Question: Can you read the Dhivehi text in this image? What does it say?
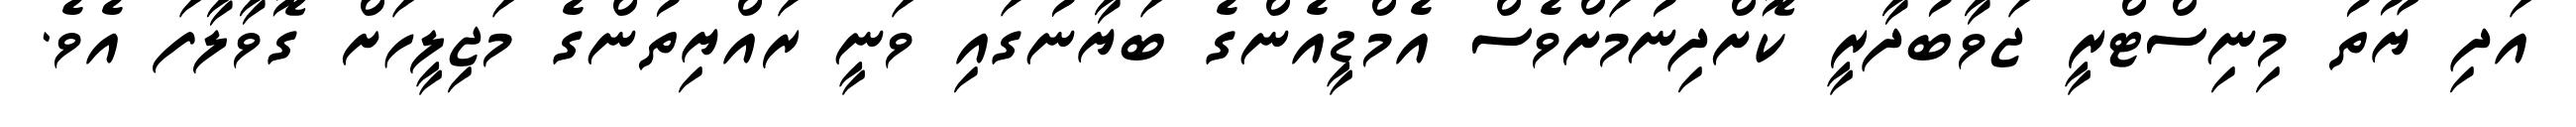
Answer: އަދި ޔޫތު މިނިސްޓްރީ ޖަވާބުދާރީ ކޮށްދިނުމަށްވެސް އެމްޑީއެންގެ ބަޔާނުގައި ވަނީ ރައްޔިތުންގެ މަޖިލީހަށް ގޮވާލާފަ އެވެ.